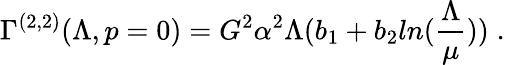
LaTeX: \Gamma^{(2,2)}(\Lambda,p=0)=G^{2}\alpha^{2}\Lambda(b_{1}+b_{2}ln(\frac{\Lambda}{\mu}))\; .